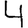
Digit: 4